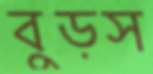
বুড়স